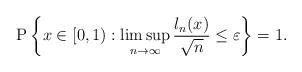
LaTeX: \begin{align*}\mathrm{P} \left\{x \in [0,1): \limsup_{n \to \infty} \frac{l_n(x)}{\sqrt{n}} \leq \varepsilon\right\} =1.\end{align*}